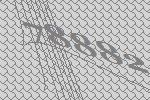
78882